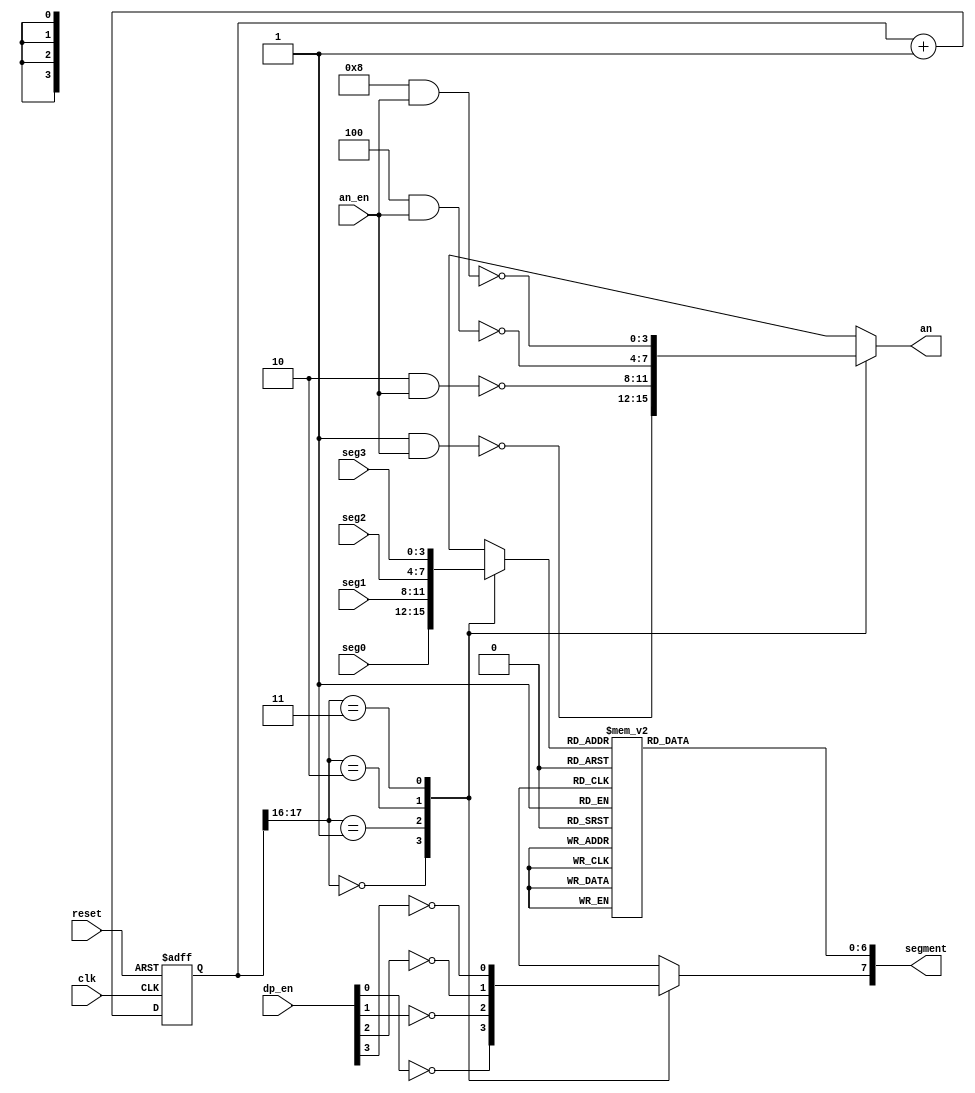
`timescale 1ns / 1ps
//////////////////////////////////////////////////////////////////////////////////
// Company: 
// Engineer: 
// 
// Design Name: 
// Module Name: seven_seg_mux_reaction
// Project Name: 
// Target Devices: 
// Tool Versions: 
// Description: 
// 
// Dependencies: 
// 
// Revision:
// Revision 0.01 - File Created
// Additional Comments:
// 
//////////////////////////////////////////////////////////////////////////////////


module seven_seg_mux_reaction(
    input clk,
    input reset,
    input [3:0] seg3, seg2, seg1, seg0,  
    input [3:0] dp_en, 
    input [3:0] an_en,                   
    output reg [7:0] segment,
    output reg [3:0] an                 
    );
    
    parameter N = 18;

    reg [N-1:0] q_reg;
    wire [N-1:0] q_next;
    
    reg [3:0] seg_next;
    reg       dp_next;
            
    //Register
    always @(posedge clk, posedge reset)
        if(reset)
            q_reg <= 0;
        else
            q_reg <= q_next;
    
    //next-state logic
    assign q_next = q_reg + 1; //if at max value, addition jumps back to 0
    
    //output logic
    always @*
    begin
        case(q_reg[N-1:N-2]) //Checks two most significant bits of counter for case selection
            2'b00: 
                begin
                    an = ~(4'b0001 & an_en);
                    seg_next = seg0;
                    dp_next = ~dp_en[0];
                end
            2'b01:
                begin
                    an = ~(4'b0010 & an_en);
                    seg_next = seg1;
                    dp_next = ~dp_en[1];
                end
            2'b10: 
                begin
                    an = ~(4'b0100 & an_en);
                    seg_next = seg2;
                    dp_next = ~dp_en[2];
                end
            2'b11:
                begin
                    an = ~(4'b1000 & an_en);
                    seg_next = seg3;
                    dp_next = ~dp_en[3];
                end
        endcase
    end
    
    always @*
        begin
            case(seg_next) //7'b G,F,E,D,C,B,A
                4'h0: segment[6:0] = 7'b1000000; //displays 0,
                4'h1: segment[6:0] = 7'b1111001; //displays 1
                4'h2: segment[6:0] = 7'b0100100; //displays 2
                4'h3: segment[6:0] = 7'b0110000; //displays 3
                4'h4: segment[6:0] = 7'b0011001; //displays 4
                4'h5: segment[6:0] = 7'b0010010; //displays 5
                4'h6: segment[6:0] = 7'b0000010; //displays 6
                4'h7: segment[6:0] = 7'b1111000; //displays 7
                4'h8: segment[6:0] = 7'b0000000; //displays 8
                4'h9: segment[6:0] = 7'b0010000; //displays 9
                4'hA: segment[6:0] = 7'b0001001; //displays H
                4'hB: segment[6:0] = 7'b1001111; //displays I
             default: segment[6:0] = 7'b1000000; //defaults to displaying 0
        endcase
        segment[7] = dp_next; //Sets MSB to decimal point LED output for seven seg
        end
    //output logic
    
endmodule